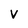
Character: v